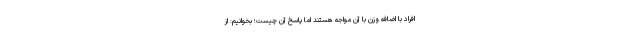
افراد با اضافه وزن با آن مواجه هستند اما پاسخ آن چیست؛ بخوانیم: از